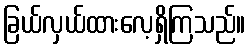
ခြယ်လှယ်ထားလေ့ရှိကြသည်။